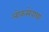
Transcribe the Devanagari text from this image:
लोकसेवायां